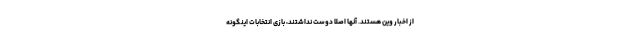
از اخبار وین هستند. آنها اصلا دوست نداشتند، بازی انتخابات اینگونه